Indian journal of veterinary science and animal husbandry - Volume 11,
Year: 1941
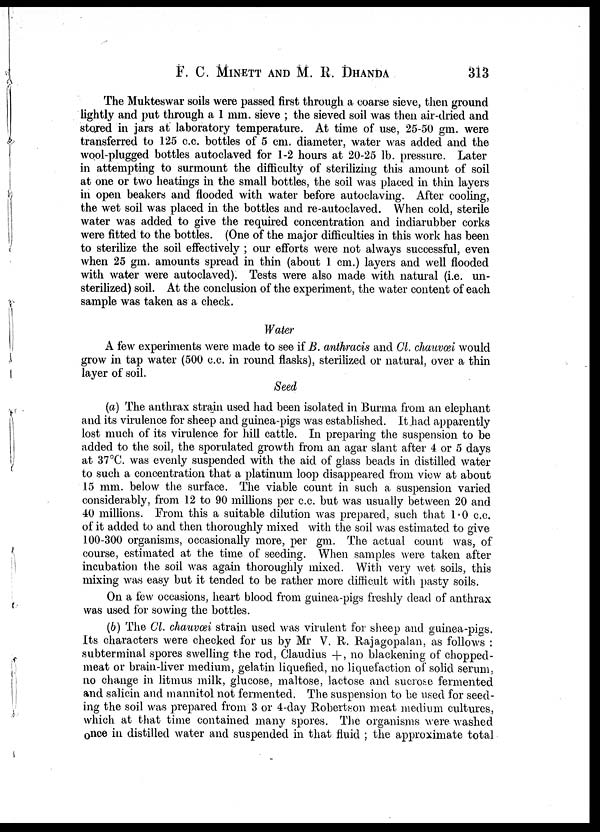
F. C. MINETT AND M. R. DHANDA 313
The Mukteswar soils were passed first through a coarse sieve, then ground
lightly and put through a 1 mm. sieve ; the sieved soil was then air-dried and
stored in jars at laboratory temperature. At time of use, 25-50 gm. were
transferred to 125 c.c. bottles of 5 cm. diameter, water was added and the
wool-plugged bottles autoclaved for 1-2 hours at 20-25 lb. pressure. Later
in attempting to surmount the difficulty of sterilizing this amount of soil
at one or two heatings in the small bottles, the soil was placed in thin layers
in open beakers and flooded with water before autoclaving. After cooling,
the wet soil was placed in the bottles and re-autoclaved. When cold, sterile
water was added to give the required concentration and indiarubber corks
were fitted to the bottles. (One of the major difficulties in this work has been
to sterilize the soil effectively ; our efforts were not always successful, even
when 25 gm. amounts spread in thin (about 1 cm.) layers and well flooded
with water were autoclaved). Tests were also made with natural (i.e. un-
sterilized) soil. At the conclusion of the experiment, the water content of each
sample was taken as a check.
Water
A few experiments were made to see if B. anthracis and Cl. chauvœi would
grow in tap water (500 c.c. in round flasks), sterilized or natural, over a thin
layer of soil.
Seed
(a) The anthrax strain used had been isolated in Burma from an elephant
and its virulence for sheep and guinea-pigs was established. It had apparently
lost much of its virulence for hill cattle. In preparing the suspension to be
added to the soil, the sporulated growth from an agar slant after 4 or 5 days
at 37°C. was evenly suspended with the aid of glass beads in distilled water
to such a concentration that a platinum loop disappeared from view at about
15 mm. below the surface. The viable count in such a suspension varied
considerably, from 12 to 90 millions per c.c. but was usually between 20 and
40 millions. From this a suitable dilution was prepared, such that 1.0 c.c.
of it added to and then thoroughly mixed with the soil was estimated to give
100-300 organisms, occasionally more, per gm. The actual count was, of
course, estimated at the time of seeding. When samples were taken after
incubation the soil was again thoroughly mixed. With very wet soils, this
mixing was easy but it tended to be rather more difficult with pasty soils.
On a few occasions, heart blood from guinea-pigs freshly dead of anthrax
was used for sowing the bottles.
(b) The Cl. chauvœi strain used was virulent for sheep and guinea-pigs.
Its characters were checked for us by Mr V. R. Rajagopalan, as follows :
subterminal spores swelling the rod, Claudius + , no blackening of chopped¬
meat or brain-liver medium, gelatin liquefied, no liquefaction of solid serum,
no change in litmus milk, glucose, maltose, lactose and sucrose fermented
and salicin and mannitol not fermented. The suspension to be used for seed-
ing the soil was prepared from 3 or 4-day Robertson meat medium cultures,
which at that time contained many spores. The organisms were washed
once in distilled water and suspended in that fluid ; the approximate total